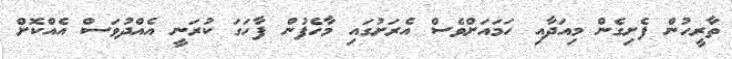
ތާރީހުން ފެށިގެން މިއަދާއި ހަމައަށްވެސް އެރަށުގައި މާހެފުން ފާހަގަ ކުރަނީ އެއްދުވަސް އެއްކޮށް